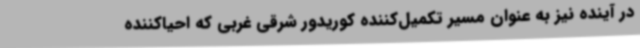
در آینده نیز به عنوان مسیر تکمیل‌کننده کوریدور شرقی غربی که احیاکننده